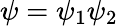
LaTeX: \psi=\psi_{1}\psi_{2}